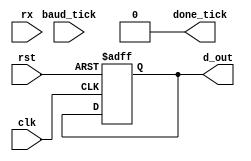
`timescale 1ns / 1ps
//////////////////////////////////////////////////////////////////////////////////
// Company: 
// Engineer: 
// 
// Design Name: 
// Module Name: uart_receiver
// Project Name: 
// Target Devices: 
// Tool Versions: 
// Description: 
// 
// Dependencies: 
// 
// Revision:
// Revision 0.01 - File Created
// Additional Comments:
// 
//////////////////////////////////////////////////////////////////////////////////


module uart_receiver
#(parameter Dbits = 8,    // number of data bits
            st_tick = 8,  // one start bit
				d_tick = 16,  // number of ticks needed before acquiring the data bit
				en_tick = 16  // one stop bit
				)
(
input clk,rst,
input rx, baud_tick,
output [Dbits-1 : 0]d_out,
output reg done_tick
);


localparam idle = 00, start = 01, data = 10, stop = 11;
reg [1 : 0] state, next_state;
reg [3 : 0] nb_reg, nb_next;
reg [Dbits -1 : 0] rx_data_reg, rx_data_next;
reg [3:0] s_reg, s_next;
 

always @(posedge clk, negedge rst)
if (~rst)
begin
state <= idle;
nb_reg <= Dbits;
rx_data_reg <= 0;
s_reg <= 0;
end

else
begin
state <= next_state;
nb_reg <= nb_next;
rx_data_reg <= rx_data_next;
s_reg <= s_next;
end



always @(*)
begin

next_state = state;
s_next = s_reg;
nb_next = nb_reg;
done_tick = 1'b0;
rx_data_next = rx_data_reg;

case (state)

idle :
if (rx)
next_state = idle;
else
begin
next_state = start;
s_next = 0;
end


start :
if (baud_tick)
if (s_reg == (st_tick-1))
begin
next_state = data;
s_next = 0;
end
else
begin
next_state = start;
s_next = s_reg + 1;
end


data :
if (baud_tick)
if (s_next == (d_tick-1))
begin
s_next = 0;
rx_data_next = {rx,rx_data_reg[Dbits-1 : 1]};
nb_next = nb_reg -1;
if (nb_reg == 0)
next_state = stop;
else
next_state = data;
end
else
begin
s_next = s_reg + 1;
next_state = data;
end


stop :
if (baud_tick)
if (s_reg == (en_tick-1))
begin
next_state = idle;
done_tick = 1'b1;
end
else
begin
s_next = s_reg +1;
next_state = stop;
end


default :
next_state = state;
endcase
end

assign d_out = rx_data_reg;
endmodule